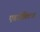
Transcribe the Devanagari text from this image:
एडजेक्टिव